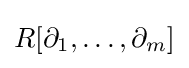
R[\partial _{1},\ldots ,\partial _{m}]